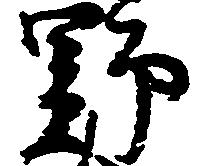
野